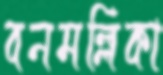
বনমল্লিকা